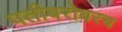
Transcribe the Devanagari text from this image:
पतीबरोबरच